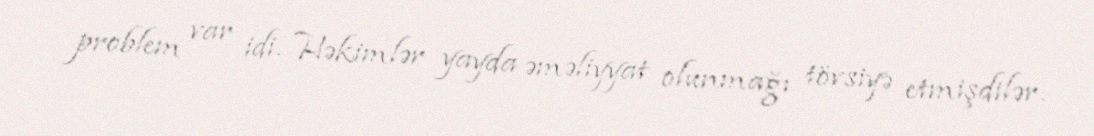
problem var idi. Həkimlər yayda əməliyyat olunmağı tövsiyə etmişdilər.